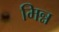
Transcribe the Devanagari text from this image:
मिन्न